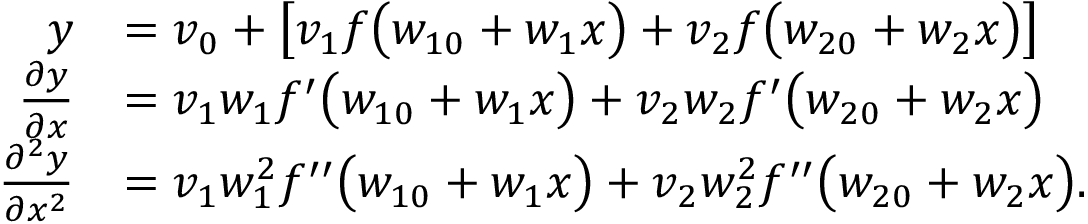
\begin{array} { r l } { y } & { = v _ { 0 } + \left[ v _ { 1 } f \big ( w _ { 1 0 } + w _ { 1 } x \big ) + v _ { 2 } f \big ( w _ { 2 0 } + w _ { 2 } x \big ) \right] } \\ { \frac { \partial y } { \partial x } } & { = v _ { 1 } w _ { 1 } f ^ { \prime } \big ( w _ { 1 0 } + w _ { 1 } x \big ) + v _ { 2 } w _ { 2 } f ^ { \prime } \big ( w _ { 2 0 } + w _ { 2 } x \big ) } \\ { \frac { \partial ^ { 2 } y } { \partial x ^ { 2 } } } & { = v _ { 1 } w _ { 1 } ^ { 2 } f ^ { \prime \prime } \big ( w _ { 1 0 } + w _ { 1 } x \big ) + v _ { 2 } w _ { 2 } ^ { 2 } f ^ { \prime \prime } \big ( w _ { 2 0 } + w _ { 2 } x \big ) . } \end{array}